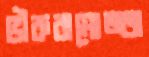
ভীরুরামোজ্জ